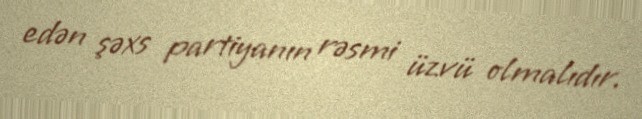
edən şəxs partiyanın rəsmi üzvü olmalıdır.